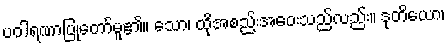
ပဝါရဏာပြုတော်မူ၏။ သော၊ ထိုအစည်းအဝေးသည်လည်း။ ဒုတိယော၊